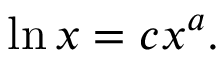
\ln x = c x ^ { a } .